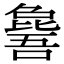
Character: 𣬕